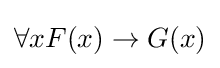
\forall xF(x)\rightarrow G(x)